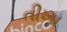
તીખા